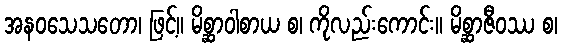
အနဝသေသတော၊ ဖြင့်။ မိစ္ဆာဝါစာယ စ၊ ကိုလည်းကောင်း။ မိစ္ဆာဇီဝဿ စ၊